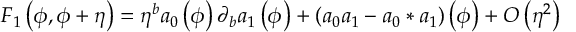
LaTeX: F _ { 1 } \left( \phi , \phi + \eta \right) = \eta ^ { b } a _ { 0 } \left( \phi \right) \partial _ { b } a _ { 1 } \left( \phi \right) + \left( a _ { 0 } a _ { 1 } - a _ { 0 } \ast a _ { 1 } \right) \left( \phi \right) + O \left( \eta ^ { 2 } \right)